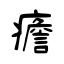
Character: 癚